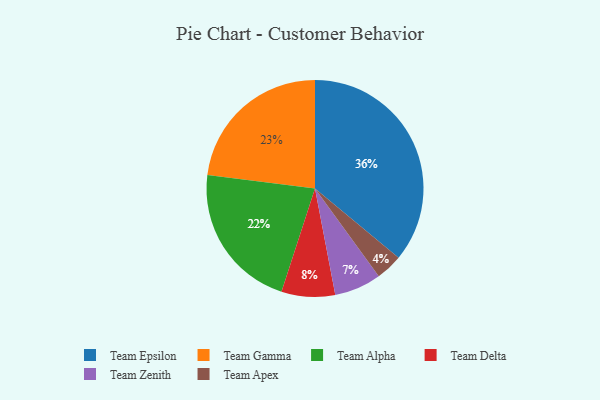
{"axis": {"x": "Category", "y": "Percentage"}, "legend": ["Team Alpha", "Team Apex", "Team Delta", "Team Epsilon", "Team Gamma", "Team Zenith"], "data": [{"x": "Team Apex", "y": 4, "type": "Team Apex"}, {"x": "Team Gamma", "y": 23, "type": "Team Gamma"}, {"x": "Team Zenith", "y": 7, "type": "Team Zenith"}, {"x": "Team Alpha", "y": 22, "type": "Team Alpha"}, {"x": "Team Epsilon", "y": 36, "type": "Team Epsilon"}, {"x": "Team Delta", "y": 8, "type": "Team Delta"}]}